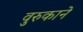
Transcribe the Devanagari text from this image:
वुरुकाने